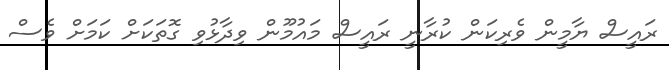
ރައީސް ޔާމީން ވެރިކަން ކުރާނީ ރައީސް މައުމޫން ވިދާޅުވި ގޮތަކަށް ކަމަށް ވެސް